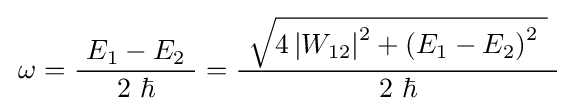
\,\omega ={\frac {\ E_{1}-E_{2}\ }{\ 2\ \hbar \ }}={\frac {\ {\sqrt {4\left|W_{12}\right|^{2}+\left(E_{1}-E_{2}\right)^{2}\ }}\ }{\ 2\ \hbar \ }}\